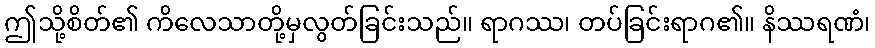
ဤသို့စိတ်၏ ကိလေသာတို့မှလွတ်ခြင်းသည်။ ရာဂဿ၊ တပ်ခြင်းရာဂ၏။ နိဿရဏံ၊